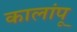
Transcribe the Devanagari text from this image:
कालांपू